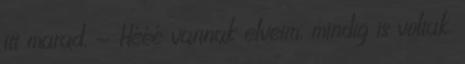
itt marad. - Hééé vannak elveim, mindig is voltak.